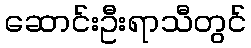
ဆောင်းဦးရာသီတွင်